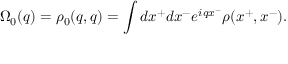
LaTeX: \Omega _ { 0 } ( q ) = \rho _ { 0 } ( q , q ) = \int d x ^ { + } d x ^ { - } e ^ { i q x ^ { - } } \rho ( x ^ { + } , x ^ { - } ) .